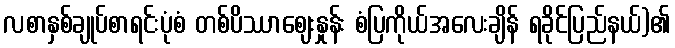
လစာနှစ်ချုပ်စာရင်းပုံစံ တစ်ပိဿာဈေးနှုန်း စံပြကိုယ်အလေးချိန် ရခိုင်ပြည်နယ်)၏